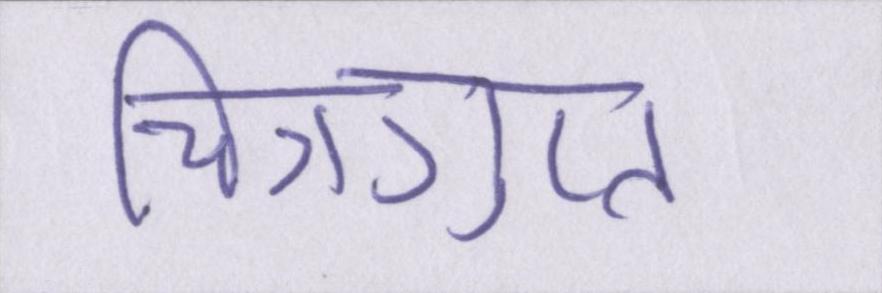
चित्रगुप्त